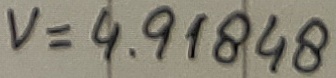
Text: V=4.91848